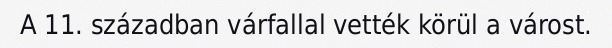
A 11. században várfallal vették körül a várost.